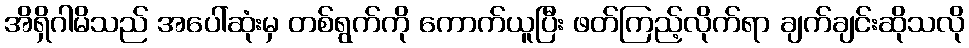
အိရှိဂါမိသည် အပေါ်ဆုံးမှ တစ်ရွက်ကို ကောက်ယူပြီး ဖတ်ကြည့်လိုက်ရာ ချက်ချင်းဆိုသလို